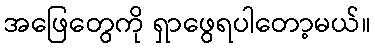
အဖြေတွေကို ရှာဖွေရပါတော့မယ်။